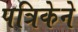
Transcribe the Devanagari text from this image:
पत्रिकेने